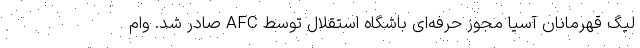
لیگ قهرمانان آسیا مجوز حرفه‌ای باشگاه استقلال توسط AFC صادر شد. وام